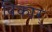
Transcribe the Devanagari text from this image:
विकार्